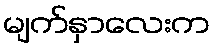
မျက်နှာလေးက